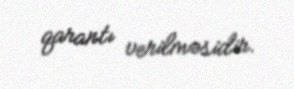
qarantı verilməsidir.